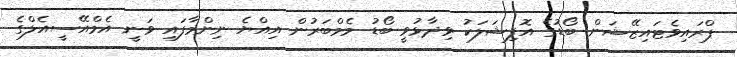
ޕްރައިވެޓައިޒޭޝަން ބޯޑުގެ އޮފިޝަލަކު ވިދާޅުވީ ބޯޑު މެމްބަރުން އިއްޔެ ނިންމާފައި ވަނީ އެމްއޭސީއެލްގެ